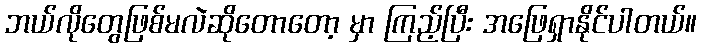
ဘယ်လိုတွေဖြစ်မလဲဆိုတောတော့ မှာ ကြည့်ပြီး အဖြေရှာနိုင်ပါတယ်။